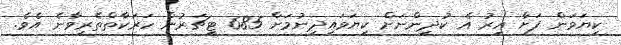
ކިޔަވަން ފަށާ އިރު އެ ކުދިންނަށް ކިޔަވައިދިނުމަށް 685 ޓީޗަރުން ހަރަކާތްތެރިވާނެ އެވެ.